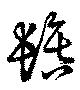
鬒